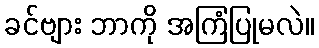
ခင်ဗျား ဘာကို အကြံပြုမလဲ။